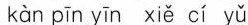
kàn pīn yīn xiě cí yǔ